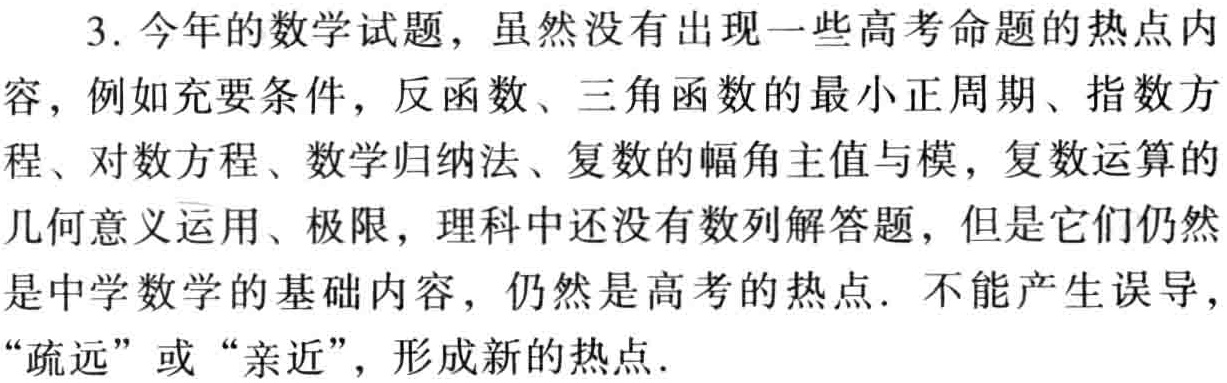
3. 今年的数学试题，虽然没有出现一些高考命题的热点内容，例如充要条件，反函数、三角函数的最小正周期、指数方程、对数方程、数学归纳法、复数的幅角主值与模，复数运算的几何意义运用、极限，理科中还没有数列解答题，但是它们仍然是中学数学的基础内容，仍然是高考的热点. 不能产生误导，“疏远”或“亲近”，形成新的热点.